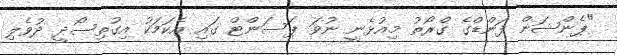
"ޕެންޝަން ފަންޑްގެ ގްރޯތު މިއުޅެނީ ނުވަ ޕަސަންޓް ގައި އެކަމަކު އިގުތިސޯދީ ދުވެލި